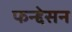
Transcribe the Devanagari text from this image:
फन्द्देसन